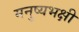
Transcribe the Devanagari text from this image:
मनुष्यभक्षी